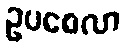
ဥပစေလာ